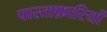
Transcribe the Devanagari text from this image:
पास्ताफ़ारियों